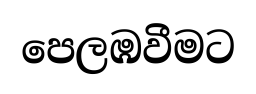
පෙලඹවීමට